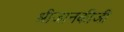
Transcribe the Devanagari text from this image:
श्रीजानकीजी